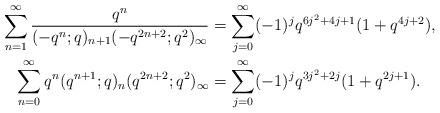
LaTeX: \begin{align*}\sum_{n=1}^{\infty} \frac{q^n}{(-q^n;q)_{n+1}(-q^{2n+2};q^2)_{\infty}} &=\sum_{j=0}^{\infty} (-1)^j q^{6j^2+4j+1}(1+q^{4j+2}), \\\sum_{n=0}^{\infty} q^n (q^{n+1};q)_n (q^{2n+2};q^2)_{\infty} &=\sum_{j=0 }^{\infty} (-1)^j q^{3j^2+2j} (1+q^{2j+1}). \end{align*}